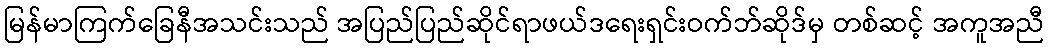
မြန်မာကြက်ခြေနီအသင်းသည် အပြည်ပြည်ဆိုင်ရာဖယ်ဒရေးရှင်းဝက်ဘ်ဆိုဒ်မှ တစ်ဆင့် အကူအညီ